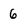
Character: 6